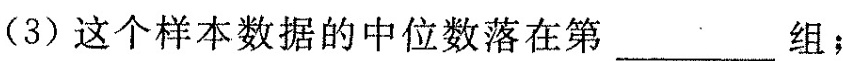
(3)这个样本数据的中位数落在第__组；